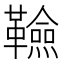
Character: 𮧭